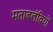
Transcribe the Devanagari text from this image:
मताबलंवियों